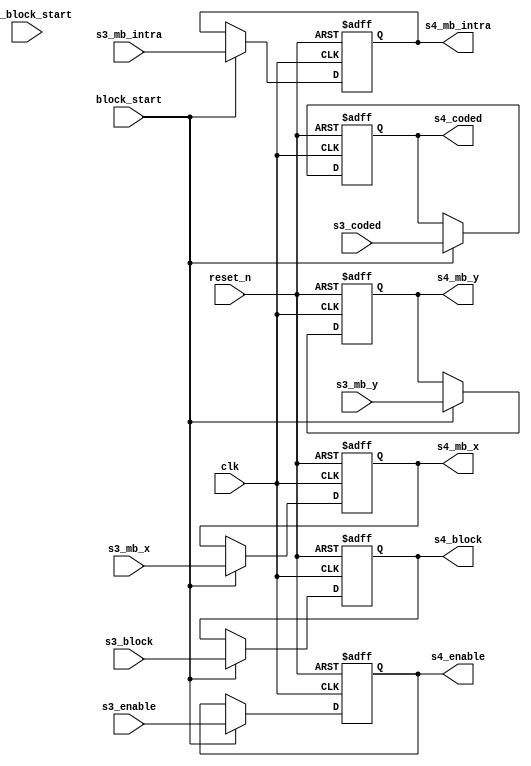
//================================================================================
// MPEG2 Video Side Information container (4th stage)
// Written by kimu_shu
//================================================================================

module m2vside4 #(
	parameter
	MBX_WIDTH = 6,
	MBY_WIDTH = 5
) (
	// common
	input        clk,
	input        reset_n,

	// from m2vside4
	input [(MBX_WIDTH-1):0] s3_mb_x,
	input [(MBY_WIDTH-1):0] s3_mb_y,
	input        s3_mb_intra,
	input  [2:0] s3_block,
	input        s3_coded,
	input        s3_enable,

	// from m2vctrl
	input        pre_block_start,
	input        block_start,

	// to m2vmc
	output [(MBX_WIDTH-1):0] s4_mb_x,
	output [(MBY_WIDTH-1):0] s4_mb_y,
	output       s4_mb_intra,
	output [2:0] s4_block,
	output       s4_coded,
	output       s4_enable
);

//--------------------------------------------------------------------------------
// Stage 4 (Latched by block_start pules)
//
reg [(MBX_WIDTH-1):0] s4_mb_x_r;
reg [(MBY_WIDTH-1):0] s4_mb_y_r;
reg       s4_mb_intra_r;
reg [2:0] s4_block_r;
reg       s4_coded_r;
reg       s4_enable_r;

// {{{
always @(posedge clk or negedge reset_n)
	if(~reset_n) begin
		s4_mb_x_r      <= 0;
		s4_mb_y_r      <= 0;
		s4_mb_intra_r  <= 1'b0;
		s4_block_r     <= 3'd0;
		s4_coded_r     <= 1'b0;
		s4_enable_r    <= 1'b0;
	end else if(block_start) begin
		s4_mb_x_r      <= s3_mb_x;
		s4_mb_y_r      <= s3_mb_y;
		s4_mb_intra_r  <= s3_mb_intra;
		s4_block_r     <= s3_block;
		s4_coded_r     <= s3_coded;
		s4_enable_r    <= s3_enable;
	end

assign s4_mb_x = s4_mb_x_r;
assign s4_mb_y = s4_mb_y_r;
assign s4_mb_intra = s4_mb_intra_r;
assign s4_block = s4_block_r;
assign s4_coded = s4_coded_r;
assign s4_enable = s4_enable_r;
// }}}

endmodule
// vim:set foldmethod=marker: